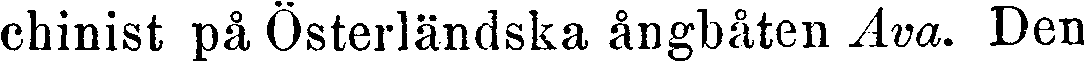
chinist på Österländska ångbåten Ava. Den